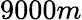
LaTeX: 9000m